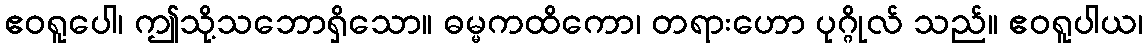
ဧဝရူပေါ၊ ဤသို့သဘောရှိသော။ ဓမ္မကထိကော၊ တရားဟော ပုဂ္ဂိုလ် သည်။ ဧဝရူပါယ၊